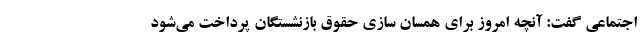
اجتماعی گفت: آنچه امروز برای همسان سازی حقوق بازنشستگان پرداخت می‌شود